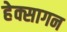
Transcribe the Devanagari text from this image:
हेक्सागन